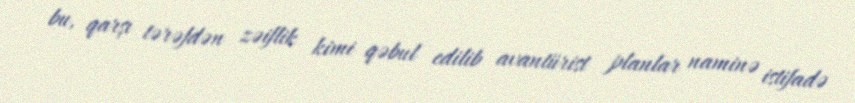
bu, qarşı tərəfdən zəiflik kimi qəbul edilib avantürist planlar naminə istifadə